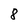
Character: 8